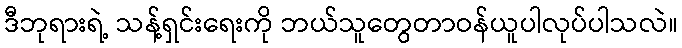
ဒီဘုရားရဲ့ သန့်ရှင်းရေးကို ဘယ်သူတွေတာဝန်ယူပါလုပ်ပါသလဲ။